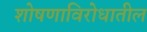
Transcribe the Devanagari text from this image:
शोषणाविरोधातील